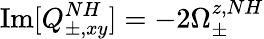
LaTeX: \operatorname{Im}[Q_{\pm,xy}^{NH}]=-2\Omega_{\pm}^{z,NH}